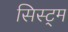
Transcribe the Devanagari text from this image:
सिस्ट्म